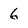
Character: 6